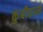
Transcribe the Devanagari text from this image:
कुंबीग्राम